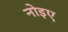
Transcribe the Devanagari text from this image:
नोइए